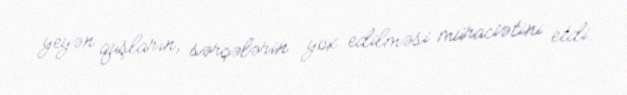
yeyən quşların, sərçələrin yox edilməsi müraciətini etdi.